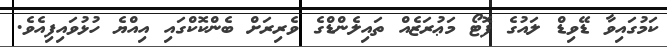
ކަމުގައިވާ ޑޭވިޑް ލައުގެ ފޮޓޯ މަޢުރަޒެއް ތައިލެންޑްގެ ވެރިރަށް ބެންކޮކްގައި އިއްޔެ ހުޅުވައިފިއެވެ.